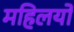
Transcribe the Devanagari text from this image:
महिलयों